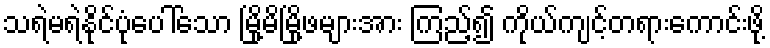
သရဲမရဲနိုင်ပုံပေါ်သော မြို့မိမြို့ဖများအား ကြည့်၍ ကိုယ်ကျင့်တရားကောင်းဖို့